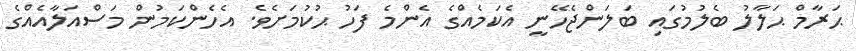
ޙަރާމް ޙަލާލު ބެލުމުގައި ބަލަންޖެހޭނީ އެކަމެއްގެ އެންމެ ފަހު ޙުކުމަށެވެ. އެހެންކަމުން މަސްއަލާއެއްގެ